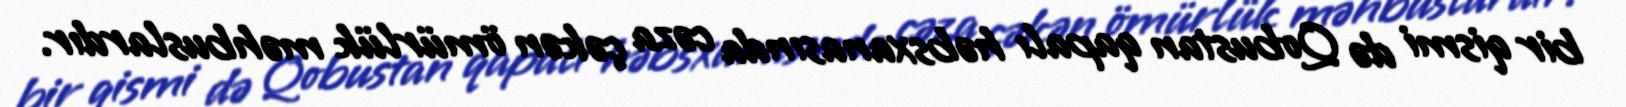
bir qismi də Qobustan qapalı həbsxanasında cəza çəkən ömürlük məhbuslardır.